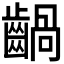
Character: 𪙃